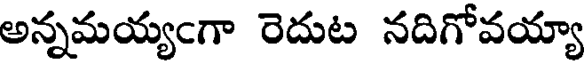
అన్నమయ్యఁగా రెదుట నదిగోవయ్యా